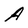
Character: A